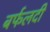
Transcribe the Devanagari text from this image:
बर्फलदी